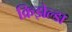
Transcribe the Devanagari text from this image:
क्रिझेल्डा